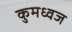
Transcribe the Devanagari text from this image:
कुमध्वज